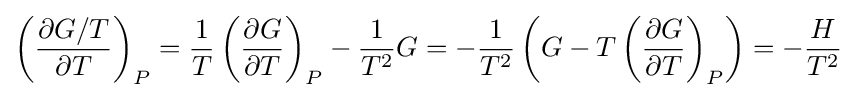
\left({\frac {\partial G/T}{\partial T}}\right)_{P}={\frac {1}{T}}\left({\frac {\partial G}{\partial T}}\right)_{P}-{\frac {1}{T^{2}}}G=-{\frac {1}{T^{2}}}\left(G-T\left({\frac {\partial G}{\partial T}}\right)_{P}\right)=-{\frac {H}{T^{2}}}